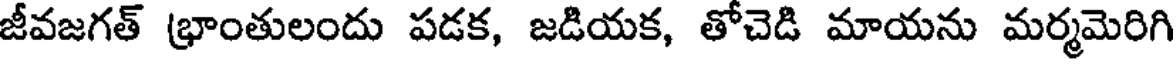
జీవజగత్ (భాంతులందు పడక, జడియక, తోచెడి మాయను మర్మమెరిగి